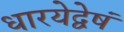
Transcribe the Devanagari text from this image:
धारयेद्वेषं